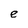
Character: e